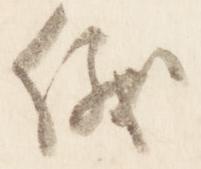
儀